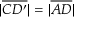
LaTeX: | { \overline { { C D ^ { \prime } } } } | = | { \overline { { A D } } } |